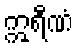
ဣရီဏံ